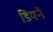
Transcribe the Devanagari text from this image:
डियर्ने